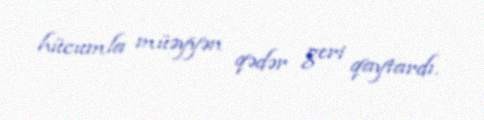
hücumla müəyyən qədər geri qaytardı.